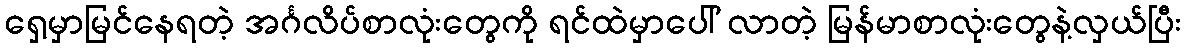
ရှေ့မှာမြင်နေရတဲ့ အင်္ဂလိပ်စာလုံးတွေကို ရင်ထဲမှာပေါ် လာတဲ့ မြန်မာစာလုံးတွေနဲ့လှယ်ပြီး